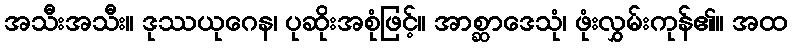
အသီးအသီး။ ဒုဿယုဂေန၊ ပုဆိုးအစုံဖြင့်။ အာစ္ဆာဒေသုံ၊ ဖုံးလွှမ်းကုန်၏။ အထ